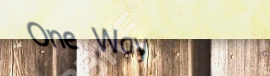
One Way